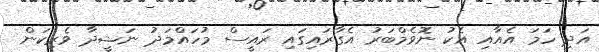
އަދި ހަމަ އެއާއި އެކު ނޮވެމްބަރު އެގާރައިގައި ރައީސް މުހައްމަދު ނަޝީދާ ވެރިކަން